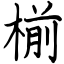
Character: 椾